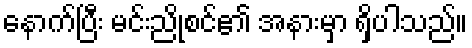
နောက်ပြီး မင်းညိုစင်၏ အနားမှာ ရှိပါသည်။